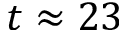
t \approx 2 3